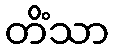
တိံသာ